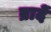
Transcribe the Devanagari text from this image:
ब्रादें